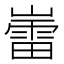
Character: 𫶘